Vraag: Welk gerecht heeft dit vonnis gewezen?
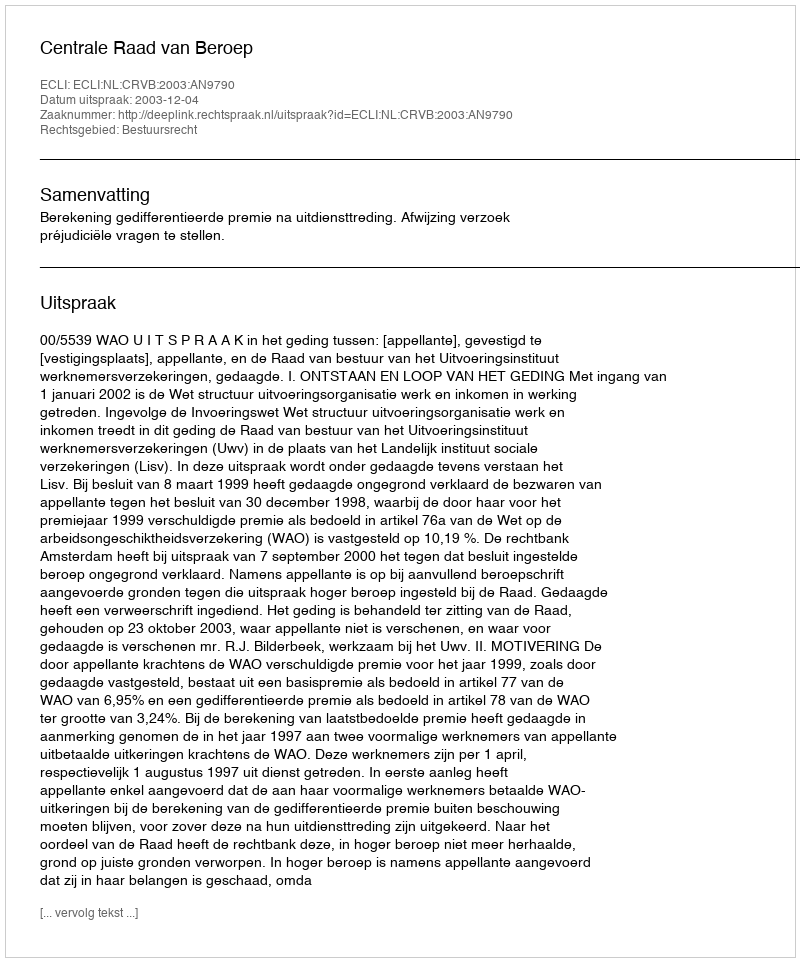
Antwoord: Centrale Raad van Beroep